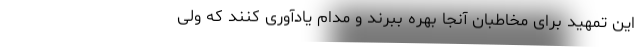
این تمهید برای مخاطبان آنجا بهره ببرند و مدام یادآوری کنند که ولی